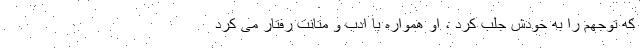
که توجهم را به خودش جلب کرد ، او همواره با ادب و متانت رفتار می کرد